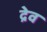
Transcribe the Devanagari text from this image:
द्रेव